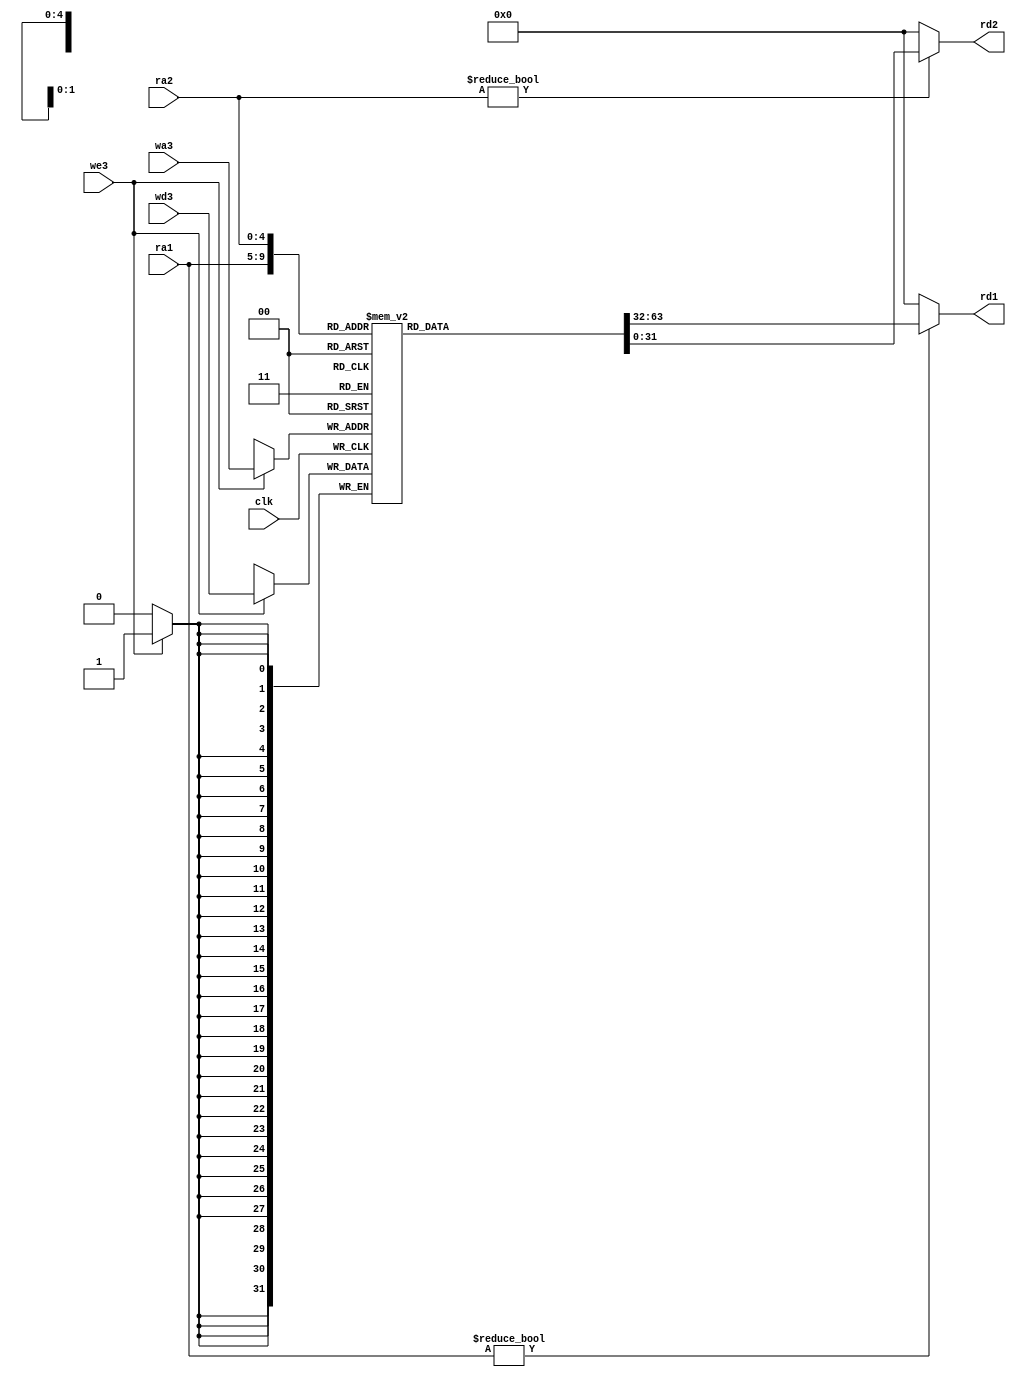
module regfile(input  wire        clk, 
               input  wire        we3, 
               input  wire [4:0]  ra1, ra2, wa3, 
               input  wire [31:0] wd3, 
               output wire [31:0] rd1, rd2);

  reg [31:0] rf[31:0];

  // three ported register file
  // read two ports combinationally
  // write third port on rising edge of clock
  // register 0 hardwired to 0

  always@(posedge clk)
    if (we3) rf[wa3] <= wd3;	

  assign rd1 = (ra1 != 0) ? rf[ra1] : 0;
  assign rd2 = (ra2 != 0) ? rf[ra2] : 0;
endmodule

module adder(input  wire [31:0] a, b,
             output wire [31:0] y);

  assign y = a + b;
endmodule

module sl2(input  wire [31:0] a,
           output wire [31:0] y);

  // shift left by 2
  assign y = {a[29:0], 2'b00};
endmodule

module signext(input  wire [15:0] a,
               output wire [31:0] y);
              
  assign y = {{16{a[15]}}, a};
endmodule

module flopr #(parameter WIDTH = 8)
              (input  wire             clk, reset,
               input  wire [WIDTH-1:0] d, 
               output reg [WIDTH-1:0] q);

  always@(posedge clk, posedge reset)
    if (reset) q <= 0;
    else       q <= d;
endmodule

module flopenr #(parameter WIDTH = 8)
                (input  wire             clk, reset,
                 input  wire             en,
                 input  wire [WIDTH-1:0] d, 
                 output reg [WIDTH-1:0] q);
 
  always@(posedge clk, posedge reset)
    if      (reset) q <= 0;
    else if (en)    q <= d;
endmodule

module mux2 #(parameter WIDTH = 8)
             (input  wire [WIDTH-1:0] d0, d1, 
              input  wire             s, 
              output wire [WIDTH-1:0] y);

  assign y = s ? d1 : d0; 
endmodule